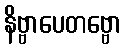
နိဗ္ဗာပေတဗ္ဗော